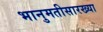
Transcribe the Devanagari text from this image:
भानुमतीसारख्या